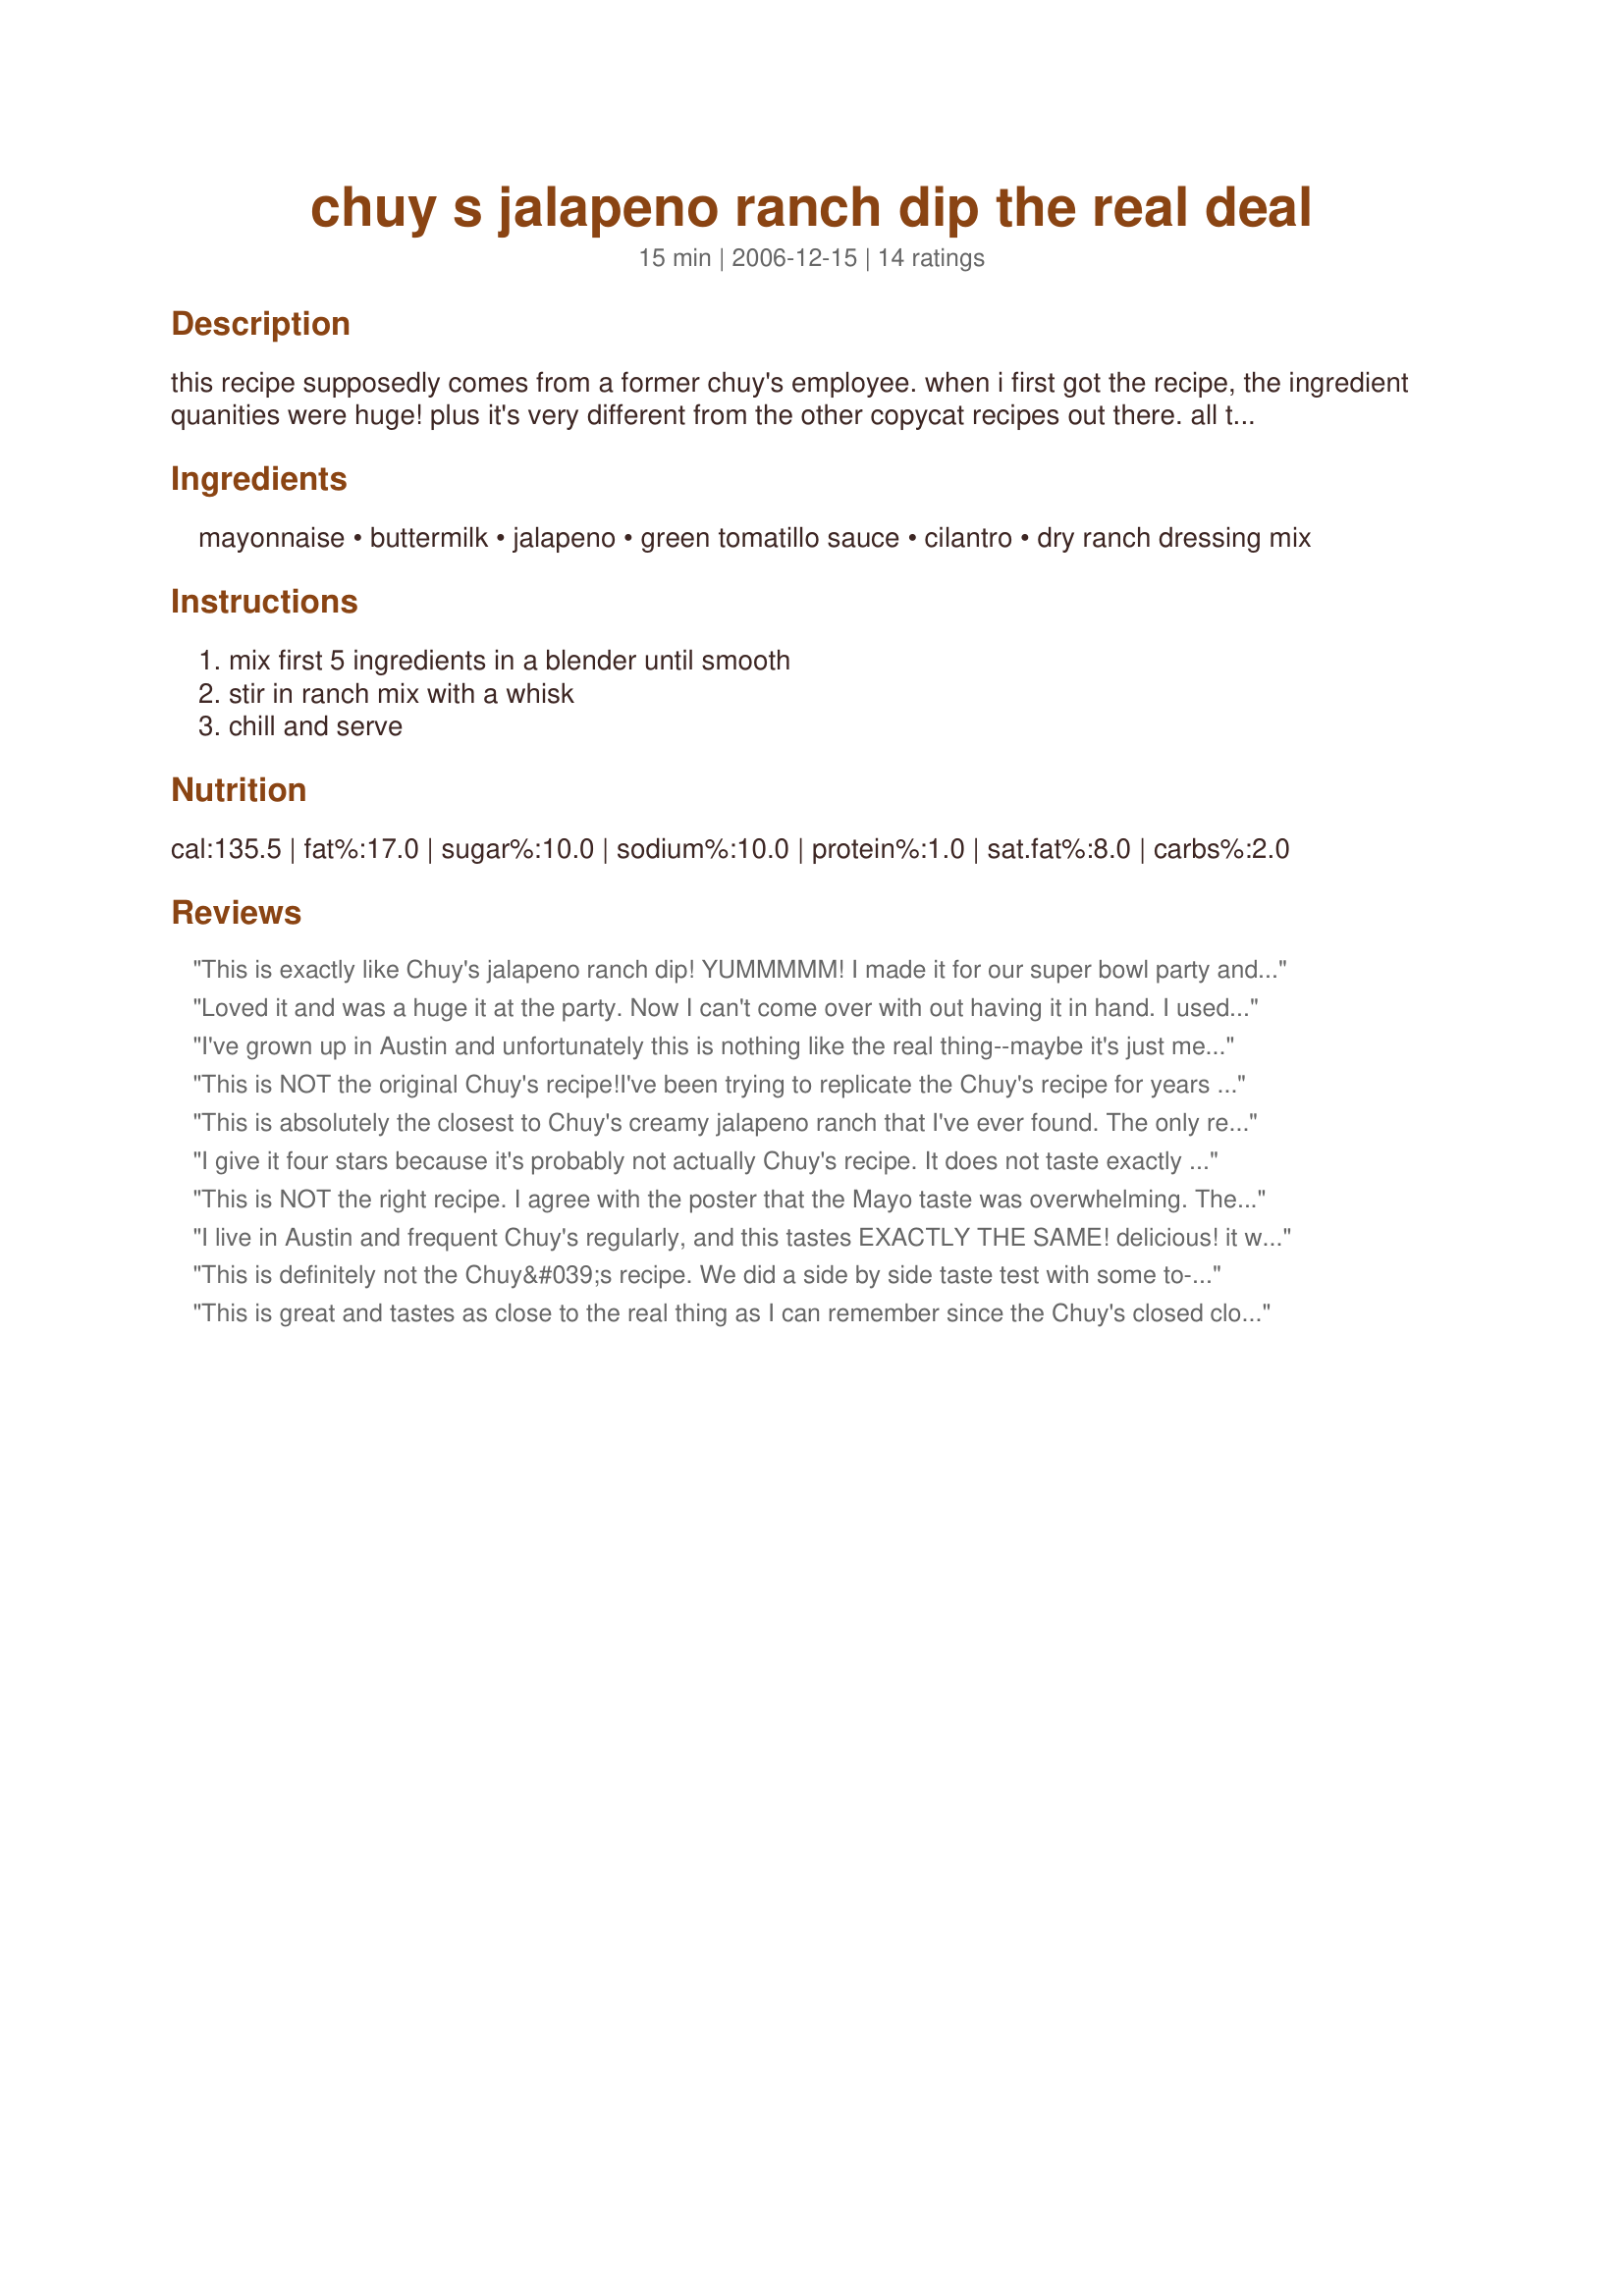
chuy s jalapeno ranch dip the real deal
Preparation time: 15 minutes

this recipe supposedly comes from a former chuy's employee. when i first got the recipe, the ingredient quanities were huge! plus it's very different from the other copycat recipes out there. all this (plus the great taste) lead me to believe it's the real mccoy.

Ingredients:
mayonnaise, buttermilk, jalapeno, green tomatillo sauce, cilantro, dry ranch dressing mix

Steps:
mix first 5 ingredients in a blender until smooth, stir in ranch mix with a whisk, chill and serve

Reviews:
This is exactly like Chuy's jalapeno ranch dip! YUMMMMM! I made it for our super bowl party and everyone loved it!!
Loved it and was a huge it at the party. Now I can't come over with out having it in hand. I used sour cream instead of Mayo and still tasted great to me.
I've grown up in Austin and unfortunately this is nothing like the real thing--maybe it's just me. The mayo flavor was much too strong and the consitancy was too thick. Otherwise, the jalapeno, tomatillo and cilantro tasted about right. But I'm going to keep looking for the right copy cat.
This is NOT the original Chuy's recipe!<br/><br/>I've been trying to replicate the Chuy's recipe for years with hundreds of different combinations of certain ingredients with no luck. The unique taste mysteriously alluded me every single time, until I figured it out. The problem is that the Chuy's dip has a unique saltiness that you cannot replicate with salt, galric salt, soy sauce or fish sauce. Which led me to try and think of something along the lines of soy sauce or fish sauce that had a salty/savory quality to it without being too overpowering. The answer may come as bad news for some.<br/><br/>You are missing a few key ingredients: Fresh tomatillos, fresh squeezed lime, and...................................................MSG! Yep, sad to say, MSG is the "secret" ingredient in Chuy's creamy jalapeno dip. Which is probably why no one has figured it out by now.
This is absolutely the closest to Chuy's creamy jalapeno ranch that I've ever found. The only reason I can't say it's exact is because I don't have chuy's version sitting in front of me to compare. Thanks. Either way, 100% fabulous.
I give it four stars because it's probably not actually Chuy's recipe. It does not taste exactly like Chuy's, but it's really close. I agree with other reviews that the mayo taste could be strong, but I actually cut the recipe in half to reduce the amount it made. I put a little less mayo, and a little more buttermilk than called for, because I thought it would make it lighter. I will keep playing with the recipe, substituting sour cream for at least some of the mayo. Overall, this is a great dip. I had guests this evening for burgers, and one of them used the dip as dressing on her burger. Everyone loved it.
This is NOT the right recipe. I agree with the poster that the Mayo taste was overwhelming. The other poster who used Sour Cream instead probably got it right. I've never had ranch dip may with Mayo and should have known better. Not good.
I live in Austin and frequent Chuy's regularly, and this tastes EXACTLY THE SAME! delicious! it was a great hit at the party i made it for!
This is definitely not the Chuy&#039;s recipe. We did a side by side taste test with some to-go creamy jalape&ntilde;o salsa and the one we made from this recipe. NOT even close. Gonna keep hoping someone figures it out but this isn&#039;t it.
This is great and tastes as close to the real thing as I can remember since the Chuy's closed close to us. We use as a salad dressing and as a dip for chips. Thanks!
We thought this was really good, but did make some changes. I used 2 of the .04 oz packets of ranch and added a couple big tablespoons of plain yogurt, fresh garlic, and the juice of half of lime. I think the mayo would have been too overpowering if not for these changes. Just our opinion. Also, the dressing packets were pretty salty, would use less next time. I would make this recipe again with the changes I made. Thanks for the recipe.
I have never had Chuy's dip before. This dip tastes like a really tasty, homemade, spicy ranch dressing. You get that slight kick of hot in the back of your throat with the creamy richness of the dressing. It weas delicious on my salad. My husband says it will go perfectly as a chicken wing dip. Thank you, themunch!
If you sub sour cream for mayonaise, it's a close replica. I did feel like the cilantro was more overwhemling that the Chuy's version. I will use a tad less of it next time.
Huge hit at Bunco last night! We all know and love Chuy's dip and this is it!!
